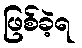
ဖြစ်ခဲ့ရ